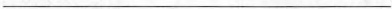
___